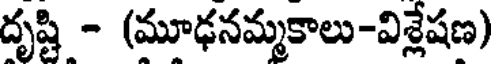
దృష్టి - (మూఢనమ్మకాలు-విశ్లేషణ)